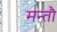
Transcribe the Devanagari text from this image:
मन्तौ